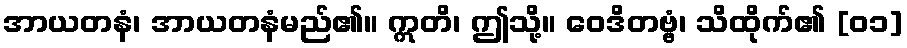
အာယတနံ၊ အာယတနံမည်၏။ ဣတိ၊ ဤသို့။ ဝေဒိတဗ္ဗံ၊ သိထိုက်၏ [၀၁]